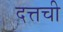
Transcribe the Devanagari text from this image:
दत्तची